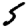
Digit: 5